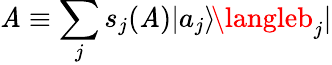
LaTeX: \mathit{A}\equiv\sum_{j}s_{j}(\mathit{A})|a_{j}\rangle\! \langleb_{j}|